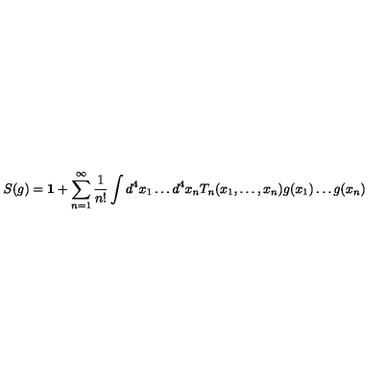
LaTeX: S ( g ) = \mathbf { 1 } + \sum _ { n = 1 } ^ { \infty } \frac { 1 } { n ! } \int d ^ { 4 } x _ { 1 } \ldots d ^ { 4 } x _ { n } T _ { n } ( x _ { 1 } , \ldots , x _ { n } ) g ( x _ { 1 } ) \ldots g ( x _ { n } )